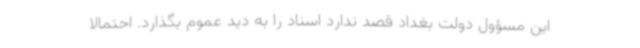
این مسؤول دولت بغداد قصد ندارد اسناد را به دید عموم بگذارد. احتمالا